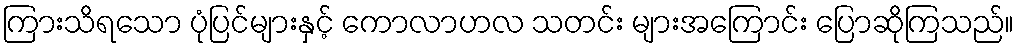
ကြားသိရသော ပုံပြင်များနှင့် ကောလာဟလ သတင်း များအကြောင်း ပြောဆိုကြသည်။